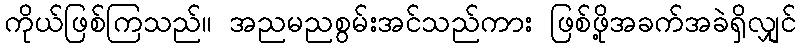
ကိုယ်ဖြစ်ကြသည်။ အညမညစွမ်းအင်သည်ကား ဖြစ်ဖို့အခက်အခဲရှိလျှင်